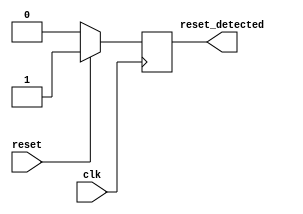
module sync_reset_detector (
    input wire clk,          // System clock signal
    input wire reset,        // Active high reset signal
    output reg reset_detected // Output indicating if reset is detected
);

    always @(posedge clk) begin
        // Detect the reset condition on the rising edge of the clock
        if (reset) begin
            reset_detected <= 1'b1; // Assert reset_detected if reset is high
        end else begin
            reset_detected <= 1'b0; // Deassert reset_detected if reset is low
        end
    end

endmodule